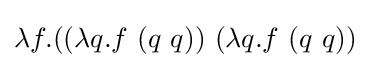
\lambda f.((\lambda q.f\ (q\ q))\ (\lambda q.f\ (q\ q))